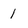
Character: 1